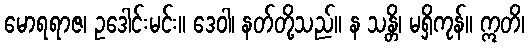
မောရရာဇ၊ ဥဒေါင်းမင်း။ ဒေဝါ၊ နတ်တို့သည်။ န သန္တိ၊ မရှိကုန်။ ဣတိ၊